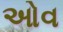
ઓવ